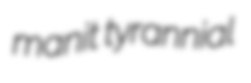
manit tyrannial